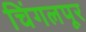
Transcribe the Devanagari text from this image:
चिंगलपूर